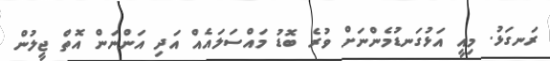
ރަނގަޅު. މިއީ އަޅުގަނޑުމެންނަށް ވުރެ ބޮޑު މައްސަލައެއް އަދި އަންނަން އޮތް ޖީލުން